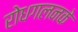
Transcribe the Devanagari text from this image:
रोधगलनके